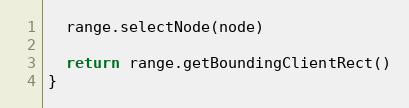
Language: JavaScript
  range.selectNode(node)

  return range.getBoundingClientRect()
}